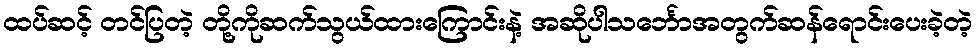
ထပ်ဆင့် တင်ပြတဲ့ တို့ကိုဆက်သွယ်ထားကြောင်းနဲ့ အဆိုပါသင်္ဘောအတွက်ဆန်ရောင်းပေးခဲ့တဲ့